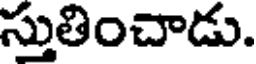
స్తుతించాడు.